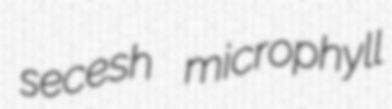
secesh microphyll